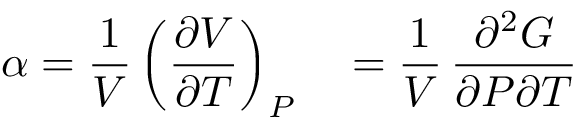
\alpha = { \frac { 1 } { V } } \left( { \frac { \partial V } { \partial T } } \right) _ { P } \quad = { \frac { 1 } { V } } \, { \frac { \partial ^ { 2 } G } { \partial P \partial T } }